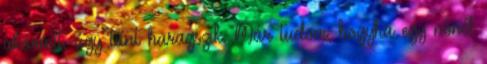
akármit, úgy tűnt haragszik. Már tudom, hogyha egy nőnél